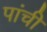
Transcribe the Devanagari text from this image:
पांची